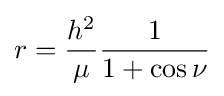
r={h^{2} \over \mu }{1 \over {1+\cos \nu }}